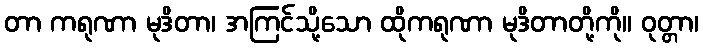
တာ ကရုဏာ မုဒိတာ၊ အကြင်သို့သော ထိုကရုဏာ မုဒိတာတို့ကို။ ဝုတ္တာ၊